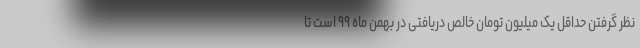
نظر گرفتن حداقل یک میلیون تومان خالص دریافتی در بهمن ماه ۹۹ است تا